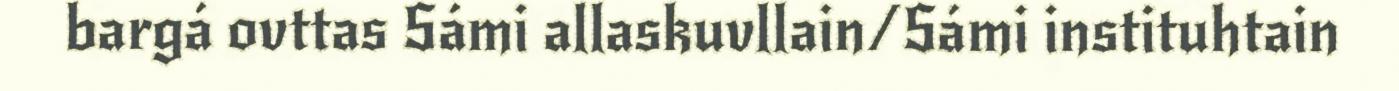
bargá ovttas Sámi allaskuvllain/Sámi instituhtain